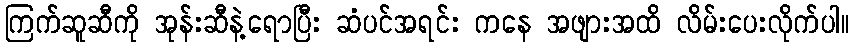
ကြက်ဆူဆီကို အုန်းဆီနဲ့ရောပြီး ဆံပင်အရင်း ကနေ အဖျားအထိ လိမ်းပေးလိုက်ပါ။